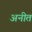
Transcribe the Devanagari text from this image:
अनीत